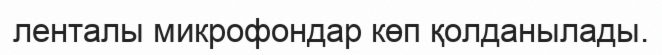
ленталы микрофондар көп қолданылады.